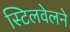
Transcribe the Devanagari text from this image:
स्टिलवेलने